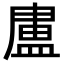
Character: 𭾊